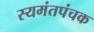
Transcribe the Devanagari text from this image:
स्यमंतपंचक